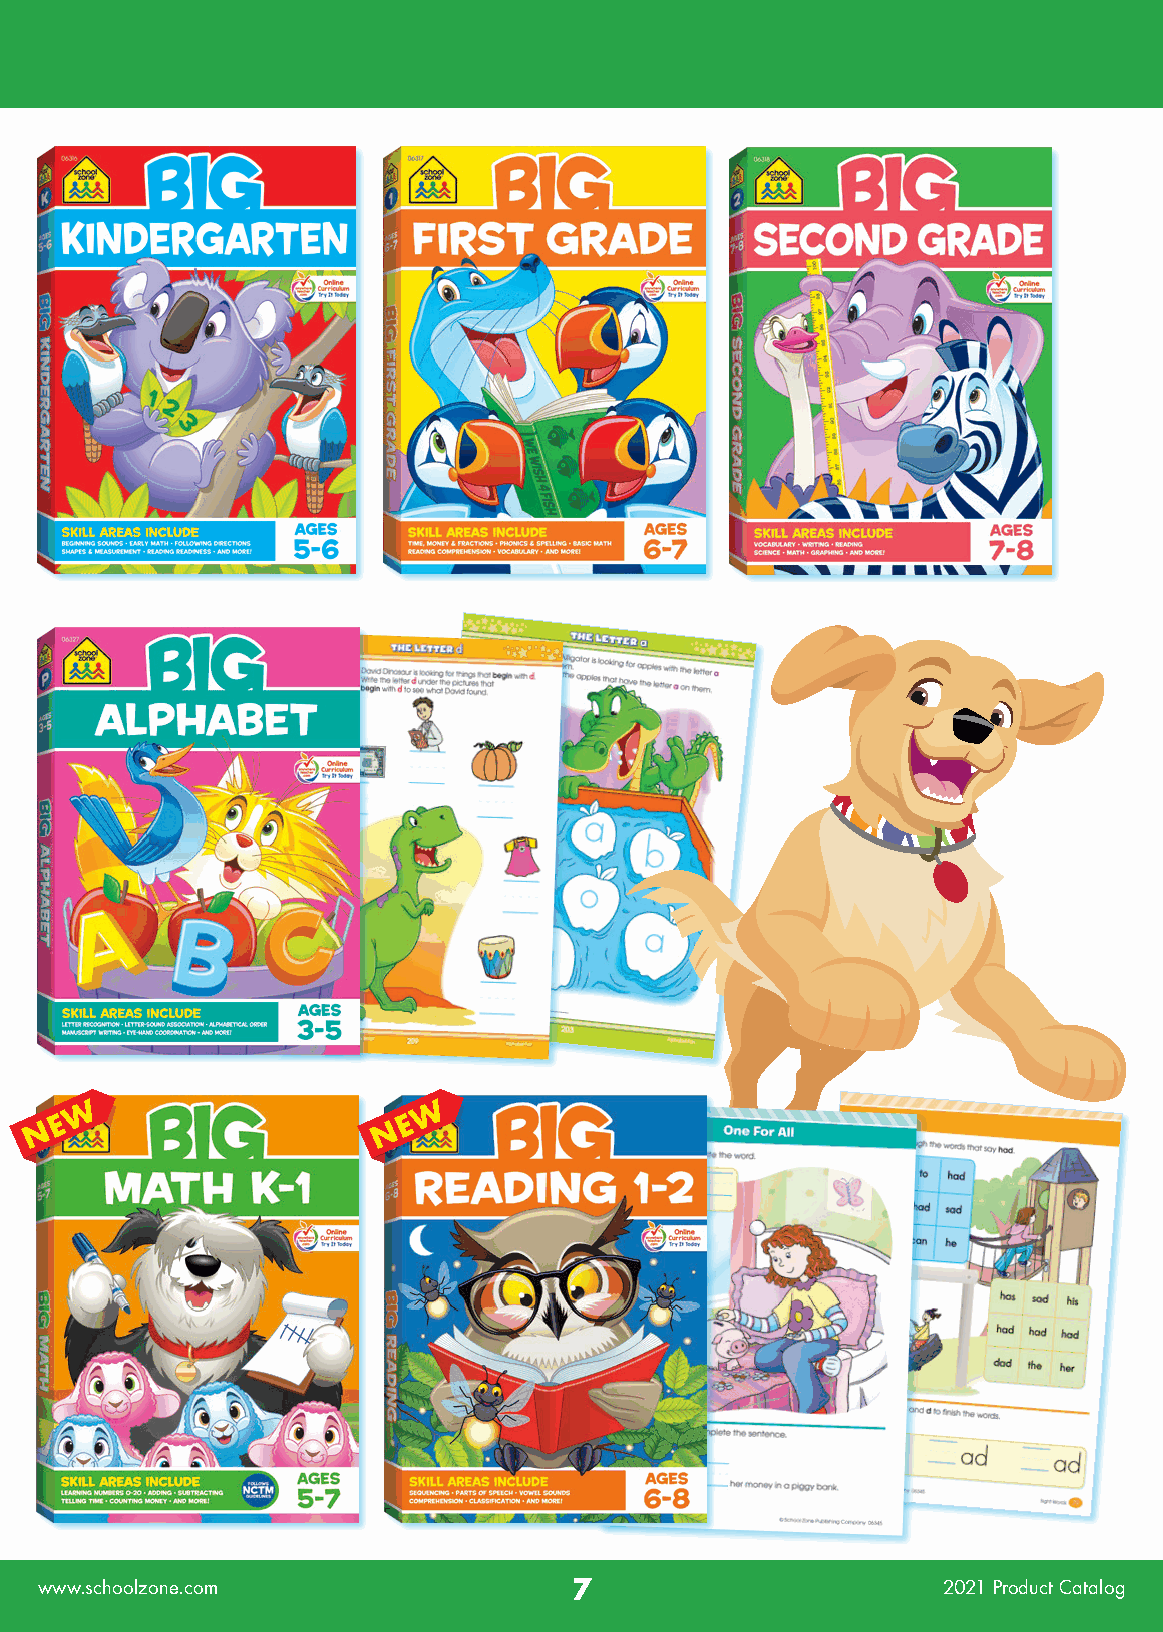
W                      W
 E                      E
 N                      N
 www.schoolzone.com                  7                       2021 Product Catalog